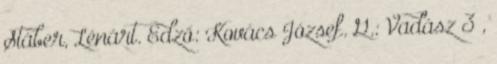
Stáber, Lénárt. Edző: Kovács József. G.: Vadász 3 ,